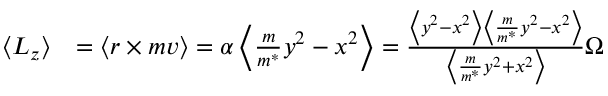
\begin{array} { r l } { \left< L _ { z } \right> } & { = \left< r \times m v \right> = \alpha \left< \frac { m } { m ^ { * } } y ^ { 2 } - x ^ { 2 } \right> = \frac { \left< y ^ { 2 } - x ^ { 2 } \right> \left< \frac { m } { m ^ { * } } y ^ { 2 } - x ^ { 2 } \right> } { \left< \frac { m } { m ^ { * } } y ^ { 2 } + x ^ { 2 } \right> } \Omega } \end{array}